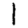
Digit: 1